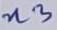
Text: n3